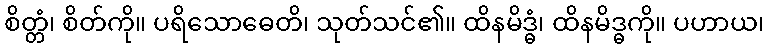
စိတ္တံ၊ စိတ်ကို။ ပရိသောဓေတိ၊ သုတ်သင်၏။ ထိနမိဒ္ဓံ၊ ထိနမိဒ္ဓကို။ ပဟာယ၊